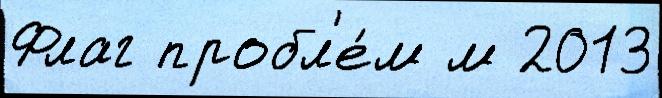
Флаг пробл'е́м м 2013